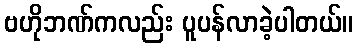
ဗဟိုဘဏ်ကလည်း ပူပန်လာခဲ့ပါတယ်။